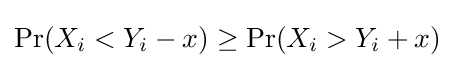
\Pr(X_{i}<Y_{i}-x)\geq \Pr(X_{i}>Y_{i}+x)